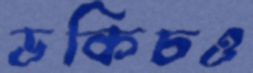
ডকিচও